Annual statistical returns and brief notes on vaccination in Bengal - 1909-1929
Year: 1909
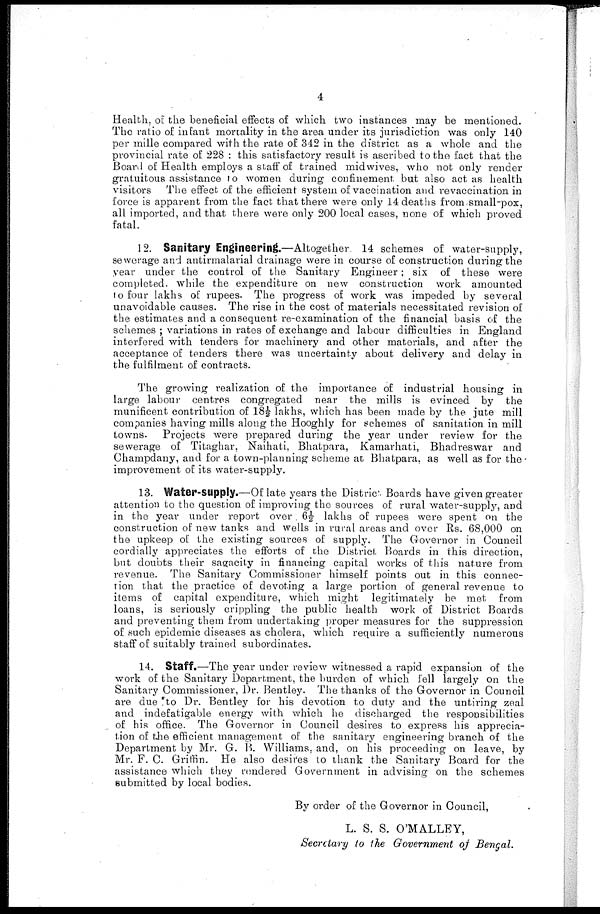
4
Health, of the beneficial effects of which two instances may be mentioned.
The ratio of infant mortality in the area under its jurisdiction was only 140
per mille compared with the rate of 342 in the district as a whole and the
provincial rate of 228 : this satisfactory result is ascribed to the fact that the
Board of Health employs a staff of trained midwives, who not only render
gratuitous assistance to women during confinement but also act as health
visitors The effect of the efficient system of vaccination and revaccination in
force is apparent from the fact that there were only 14 deaths from small-pox,
all imported, and that there were only 200 local cases, none of which proved
fatal.
12. Sanitary Engineering.—Altogether 14 schemes of water-supply,
sewerage and antirmalarial drainage were in course of construction during the
year under the control of the Sanitary Engineer; six of these were
completed, while the expenditure on new construction work amounted
to four lakhs of rupees. The progress of work was impeded by several
unavoidable causes. The rise in the cost of materials necessitated revision of
the estimates and a consequent re-examination of the financial basis of the
schemes ; variations in rates of exchange and labour difficulties in England
interfered with tenders for machinery and other materials, and after the
acceptance of tenders there was uncertainty about delivery and delay in
the fulfilment of contracts.
The growing realization of the importance of industrial housing in
large labour centres congregated near the mills is evinced by the
munificent contribution of 18½ lakhs, which has been made by the jute mill
companies having mills along the Hooghly for schemes of sanitation in mill
towns. Projects were prepared during the year under review for the
sewerage of Titaghar, Naihati, Bhatpara, Kamarhati, Bhadreswar and
Champdany, and for a town-planning scheme at Bhatpara, as well as for the
improvement of its water-supply.
13. Water-supply.—Of late years the District Boards have given greater
attention to the question of improving the sources of rural water-supply, and
in the year under report over 6½ lakhs of rupees were spent on the
construction of new tanks and wells in rural areas and over Rs. 68,000 on
the upkeep of the existing sources of supply. The Governor in Council
cordially appreciates the efforts of the District Boards in this direction,
but doubts their sagacity in financing capital works of this nature from
revenue. The Sanitary Commissioner himself points out in this connec-
tion that the practice of devoting a large portion of general revenue to
items of capital expenditure, which might legitimately be met from
loans, is seriously crippling the public health work of District Boards
and preventing them from undertaking proper measures for the suppression
of such epidemic diseases as cholera, which require a sufficiently numerous
staff of suitably trained subordinates.
14. Staff.—The year under review witnessed a rapid expansion of the
work of the Sanitary Department, the burden of which fell largely on the
Sanitary Commissioner, Dr. Bentley. The thanks of the Governor in Council
are due 'to Dr. Bentley for his devotion to duty and the untiring zeal
and indefatigable energy with which he discharged the responsibilities
of his office. The Governor in Council desires to express his apprecia-
tion of the efficient management of the sanitary engineering branch of the
Department by Mr. G. B. Williams, and, on his proceeding on leave, by
Mr. F. C. Griffin. He also desires to thank the Sanitary Board for the
assistance which they rendered Government in advising on the schemes
submitted by local bodies.
By order of the Governor in Council,
L. S. S. O'MALLEY,
Secretary to the Government of Bengal.